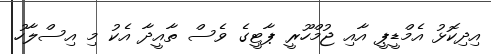
އިދިކޮޅު އެމްޑީޕީ އާއި ޖުމްހޫރީ ޕާޓީގެ ވެސް ތާއީދާ އެކު މި އިސްލާހު